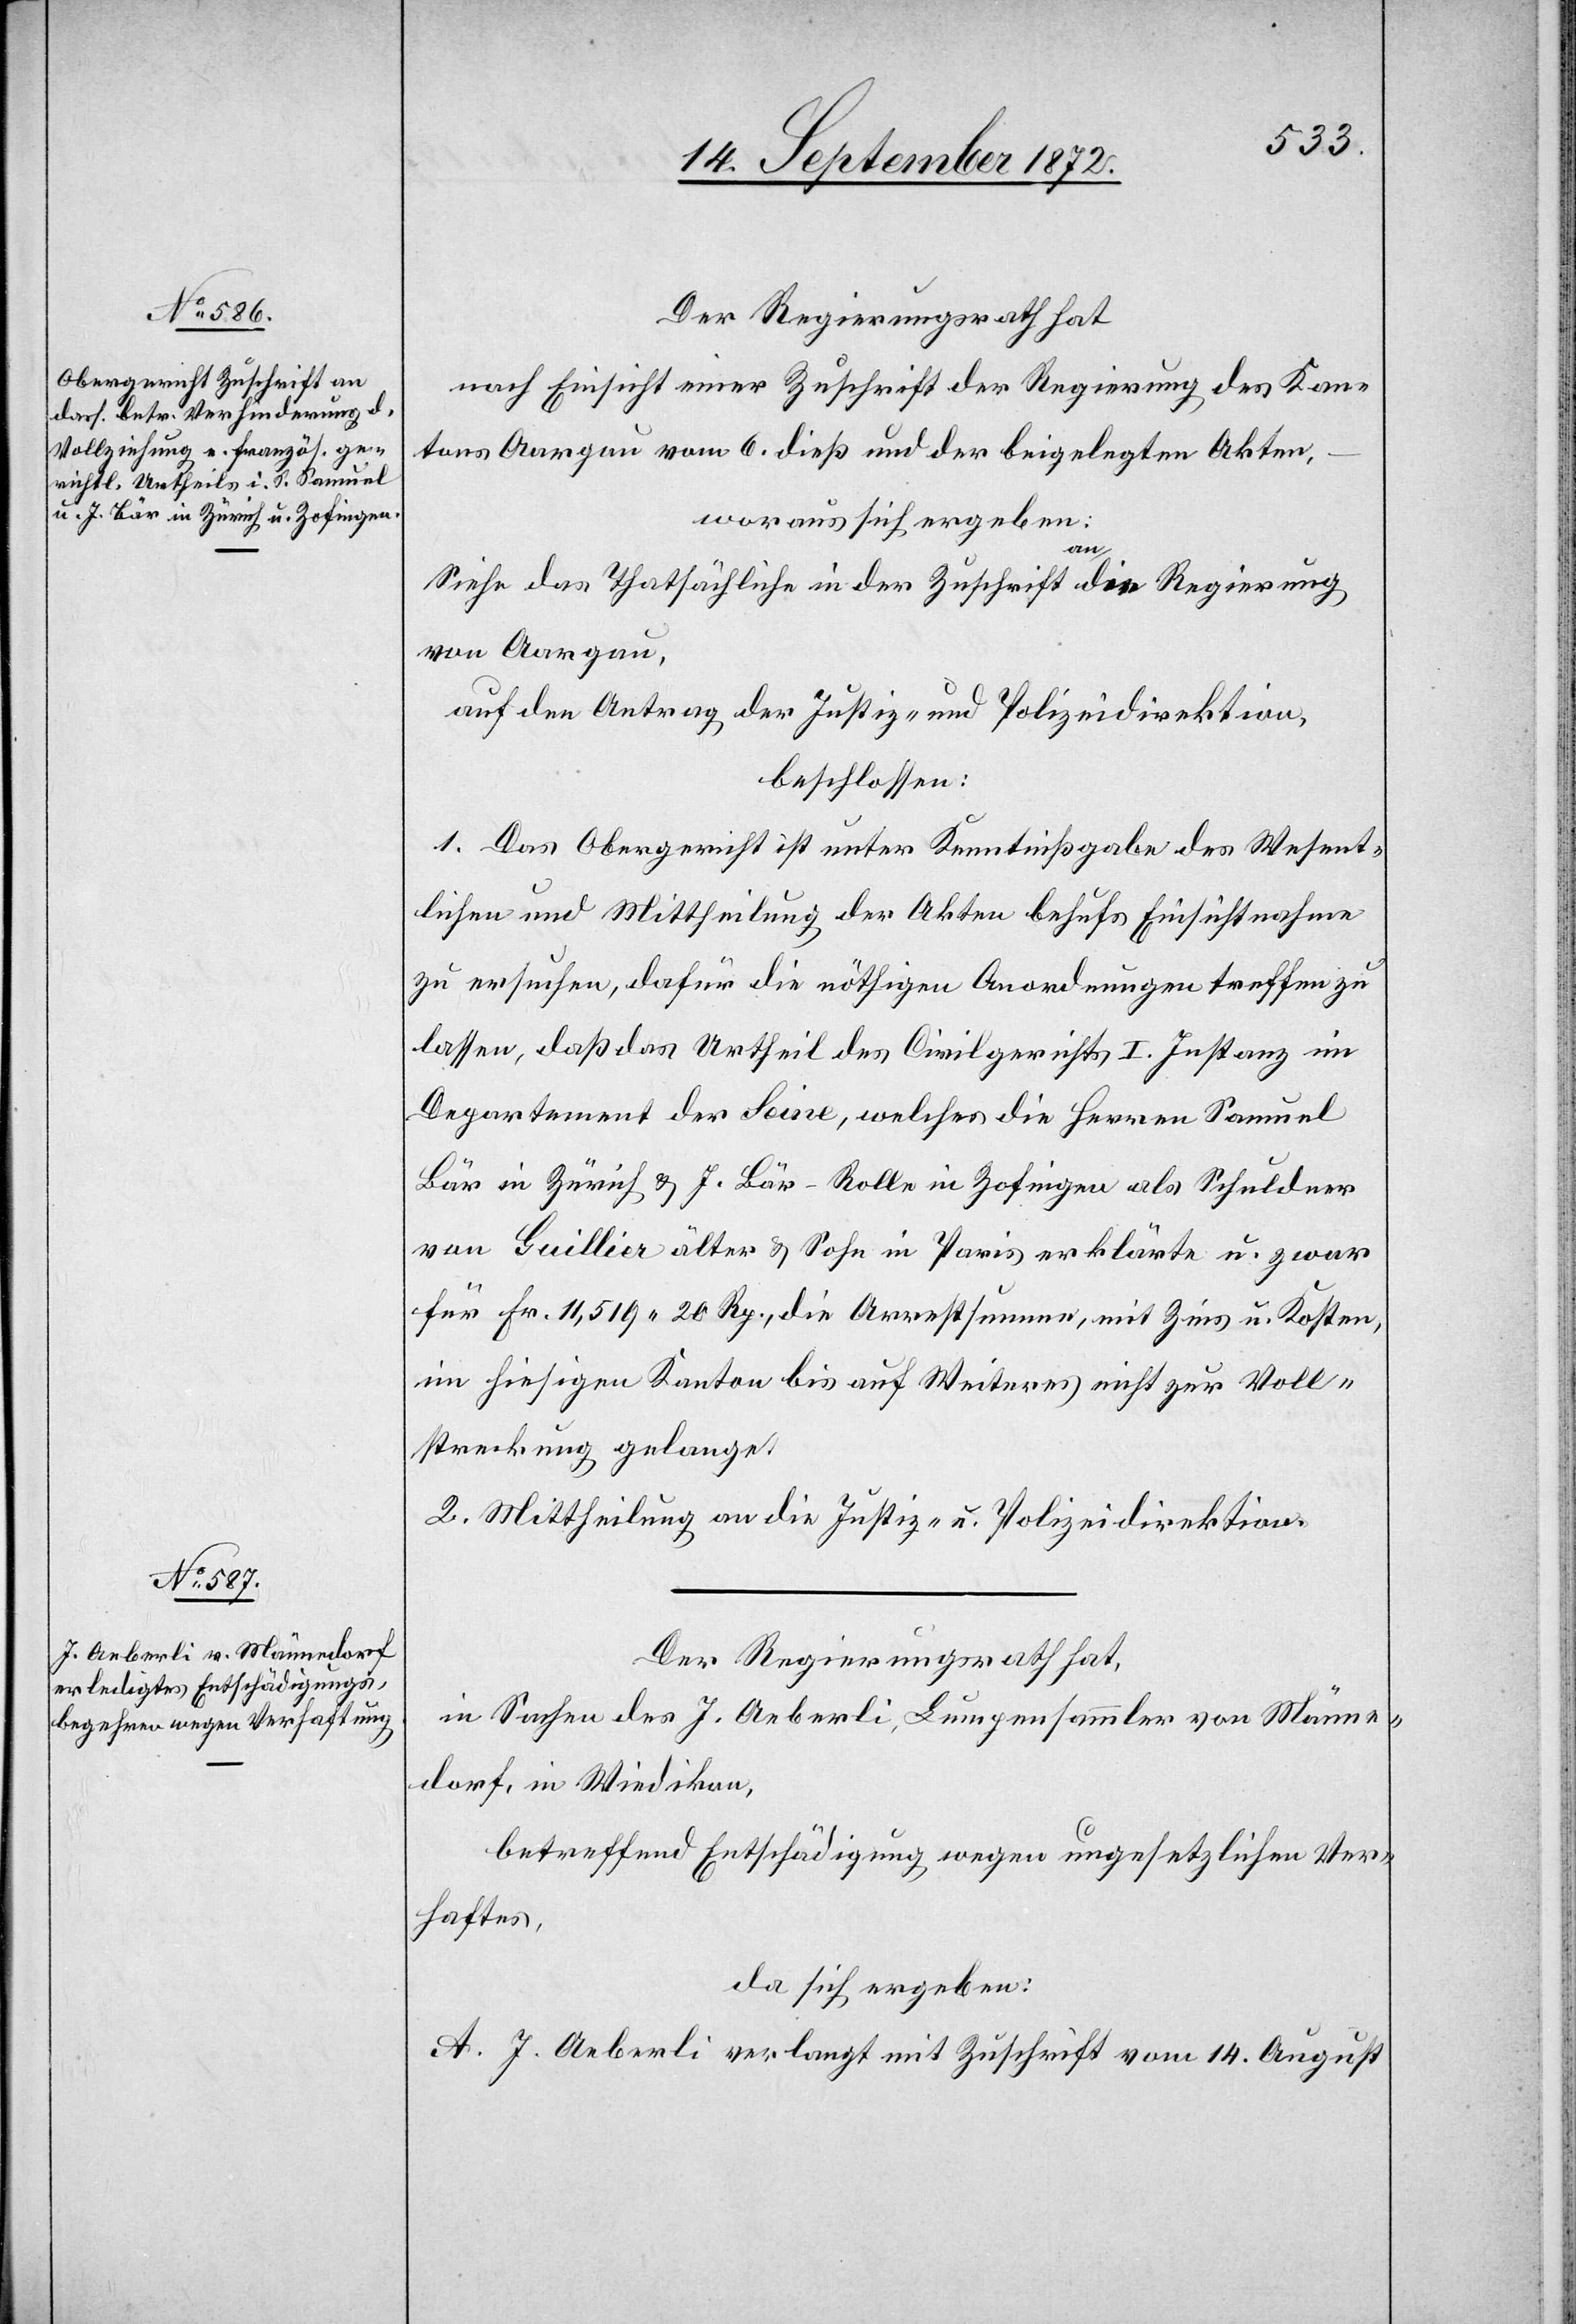
Der Regierungsrath hat
nach Einsicht eines Zuschrift der Regierung des Kan¬
tons Aargau vom 6. dieß und der beigelegten Akten,
woraus sich ergeben:
Siehe das Thatsächliche in der Zuschrift an die Regierung
von Aargau,
auf den Antrag der Justiz- und Polizeidirektion,
beschlossen:
1. Das Obergericht ist unter Kenntnißgabe des Wesent¬
lichen und Mittheilung der Akten behufs Einsichtnahme
zu ersuchen, dafür die nöthigen Anordnungen treffen zu
lassen, daß das Urtheil des Civilgerichts I. Instanz im
Departement der Seine, welches die Herren Samuel
Bär in Zürich u. J. Bär-Rolle in Zofingen als Schuldner
von Guillier älter u. Sohn in Paris erklärte u. zwar
für Fr. 11,519 20 Rp., die Arrestsumme, mit Zins u. Kosten,
im hiesigen Kanton bis auf Weiteres nicht zur Voll¬
streckung gelange.
2. Mittheilung an die Justiz- u. Polizeidirektion.
Der Regierungsrath hat,
in Sachen des J. Aeberli, Lumpensammler von Männe¬
dorf, in Wiedikon,
betreffend Entschädigung wegen ungesetzlichen Ver¬
haftes,
da sich ergeben:
A. J. Aeberli verlangt mit Zuschrift vom 14. August